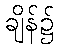
ချိန်၌